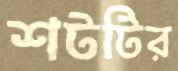
শটটির